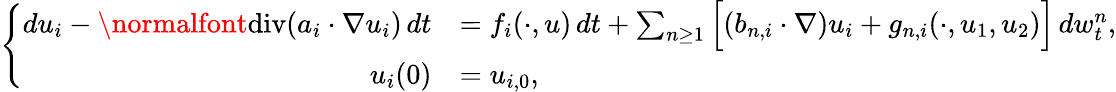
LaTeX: \left\{ \begin{array}{rl}{du_{i}-\normalfont{\mathrm{div}}(a_{i}\cdot\nabla u_{i})\, dt}&{=f_{i}(\cdot,u)\, dt+\sum_{n\geq 1}\Big[(b_{n,i}\cdot\nabla)u_{i}+g_{n,i}(\cdot,u_{1},u_{2})\Big]\, dw_{t}^{n},}\\ {u_{i}(0)}&{=u_{i,0},}\end{array}\right.